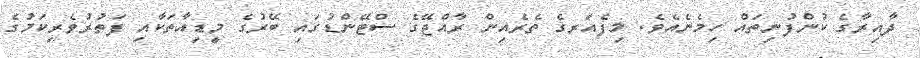
ދާއިރާގެ ކުންފުނިތައް ހިމެނެއެވެ. މިފެއަރގެ ތެރެއިން ރާއްޖޭގެ ސްޓޭންޑުގައި ބޭރުގެ މީޑިއާތަކާއި ފަތުރުވެރިކަމުގެ